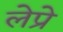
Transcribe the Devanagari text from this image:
लेप्रे